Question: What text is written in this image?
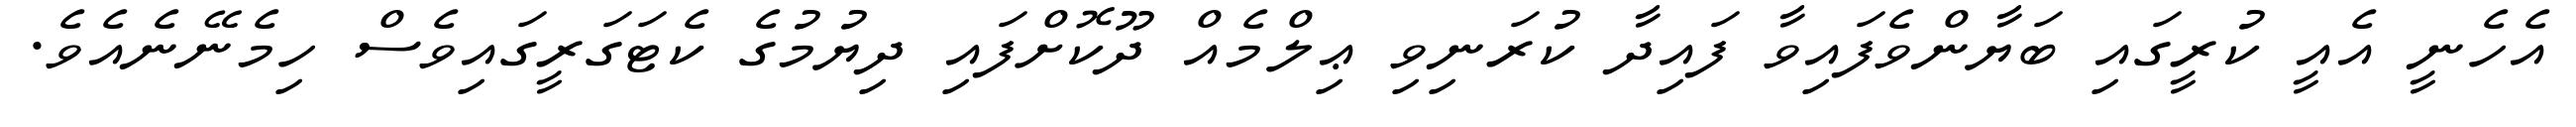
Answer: އެހެނީ އެއީ ކުރީގައި ބަޔާންވެފައިވާ ފައިދާ ކުރަނިވި ޢިލްމެއް ދޫކޮށްފައި ދިޔުމުގެ ކެޓަގަރީގައިވެސް ހިމެނޭނެއެވެ.